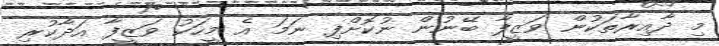
މި ދާއިރާތަކުން ވަޒީފާ ބޭނުން ނުކޮށްފި ނަމަ އެ މީހަކު ވަޒީފާ އަދާކުރި